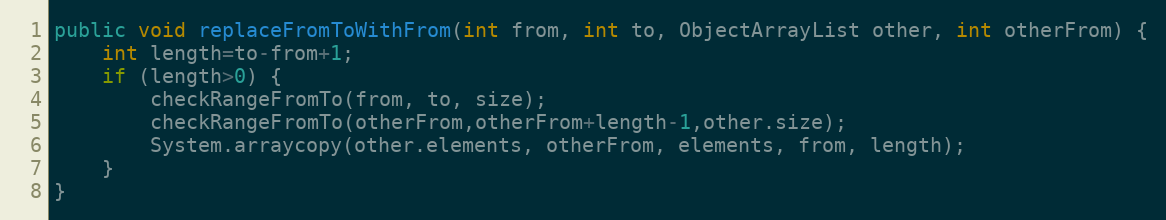
Language: Java
public void replaceFromToWithFrom(int from, int to, ObjectArrayList other, int otherFrom) {
	int length=to-from+1;
	if (length>0) {
		checkRangeFromTo(from, to, size);
		checkRangeFromTo(otherFrom,otherFrom+length-1,other.size);
		System.arraycopy(other.elements, otherFrom, elements, from, length);
	}
}